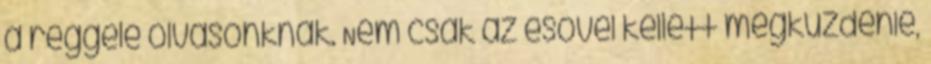
a reggele olvasónknak. Nem csak az esővel kellett megküzdenie,